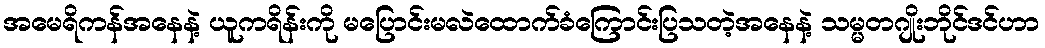
အမေရိကန်အနေနဲ့ ယူကရိန်းကို မပြောင်းမလဲထောက်ခံကြောင်းပြသတဲ့အနေနဲ့ သမ္မတဂျိုးဘိုင်ဒင်ဟာ